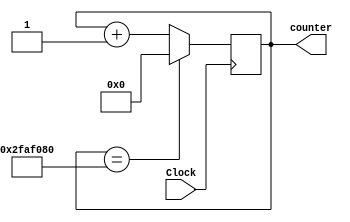
module counter(Clock, counter);
//50MHz frequency
//For 25_000_000 clock cycle will be HIGH
//For 25_000_000 clock cycle will be LOW
input Clock;

//2^(15) = 32,768
//2^(26) = 67,108,864
//need enough space to count to 25_000_000 clock cycles
output reg [25:0] counter;

always@(posedge Clock) begin
	if(counter == 50_000_000)
		counter = 0;
	else
		counter = counter + 1;
end

endmodule